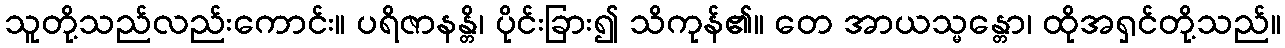
သူတို့သည်လည်းကောင်း။ ပရိဇာနန္တိ၊ ပိုင်းခြား၍ သိကုန်၏။ တေ အာယသ္မန္တော၊ ထိုအရှင်တို့သည်။